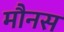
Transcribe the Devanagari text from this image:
मौनस